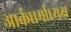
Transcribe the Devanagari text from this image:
आर्कधर्माध्यक्ष